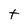
Character: t